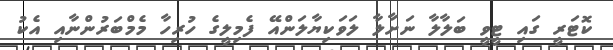
ކޮޓަރީ ގައި ޓީވީ ބަލާލާ ނަށާލާ ލަވަކިޔާލަންއޭ ފެމިލީގެ ހުރިހާ މެމްބަރުންނާއި އެކު